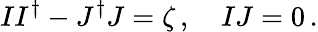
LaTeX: II^{\dagger}-J^{\dagger}J=\zeta\, ,\quad IJ=0\, .